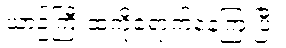
ယာဉ်ကြီးထဲကိုရောက်နေကြ ပြီ။